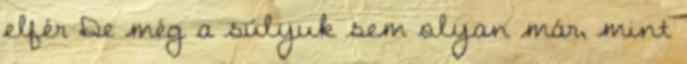
elfér De még a súlyuk sem olyan már, mint